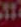
10